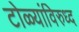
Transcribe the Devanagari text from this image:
टोळ्यांविरुध्द